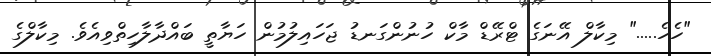
"ހެހެ....." މިކާލް އޭނަގެ ޓްރޭޑް މާކް ހުނުންގަނޑު ޖަހައިލުމުން ހަޔާތީ ބައްދާލާހިތްވިއެވެ. މިކާލްގެ